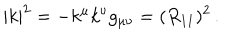
| k | ^ { 2 } = - k ^ { \mu } k ^ { \nu } g _ { \mu \nu } = ( R _ { 1 1 } ) ^ { 2 } \, .